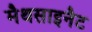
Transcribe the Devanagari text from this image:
मैथसाइनैट